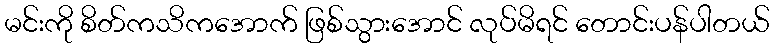
မင်းကို စိတ်ကသိကအောက် ဖြစ်သွားအောင် လုပ်မိရင် တောင်းပန်ပါတယ်